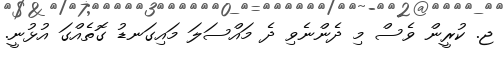
ޖ. ކުރީން ވެސް މި ދެންނެވި ދެ މައްސަލަ މައިގަނޑު ގޮތެއްގަ އުޅުނީ.